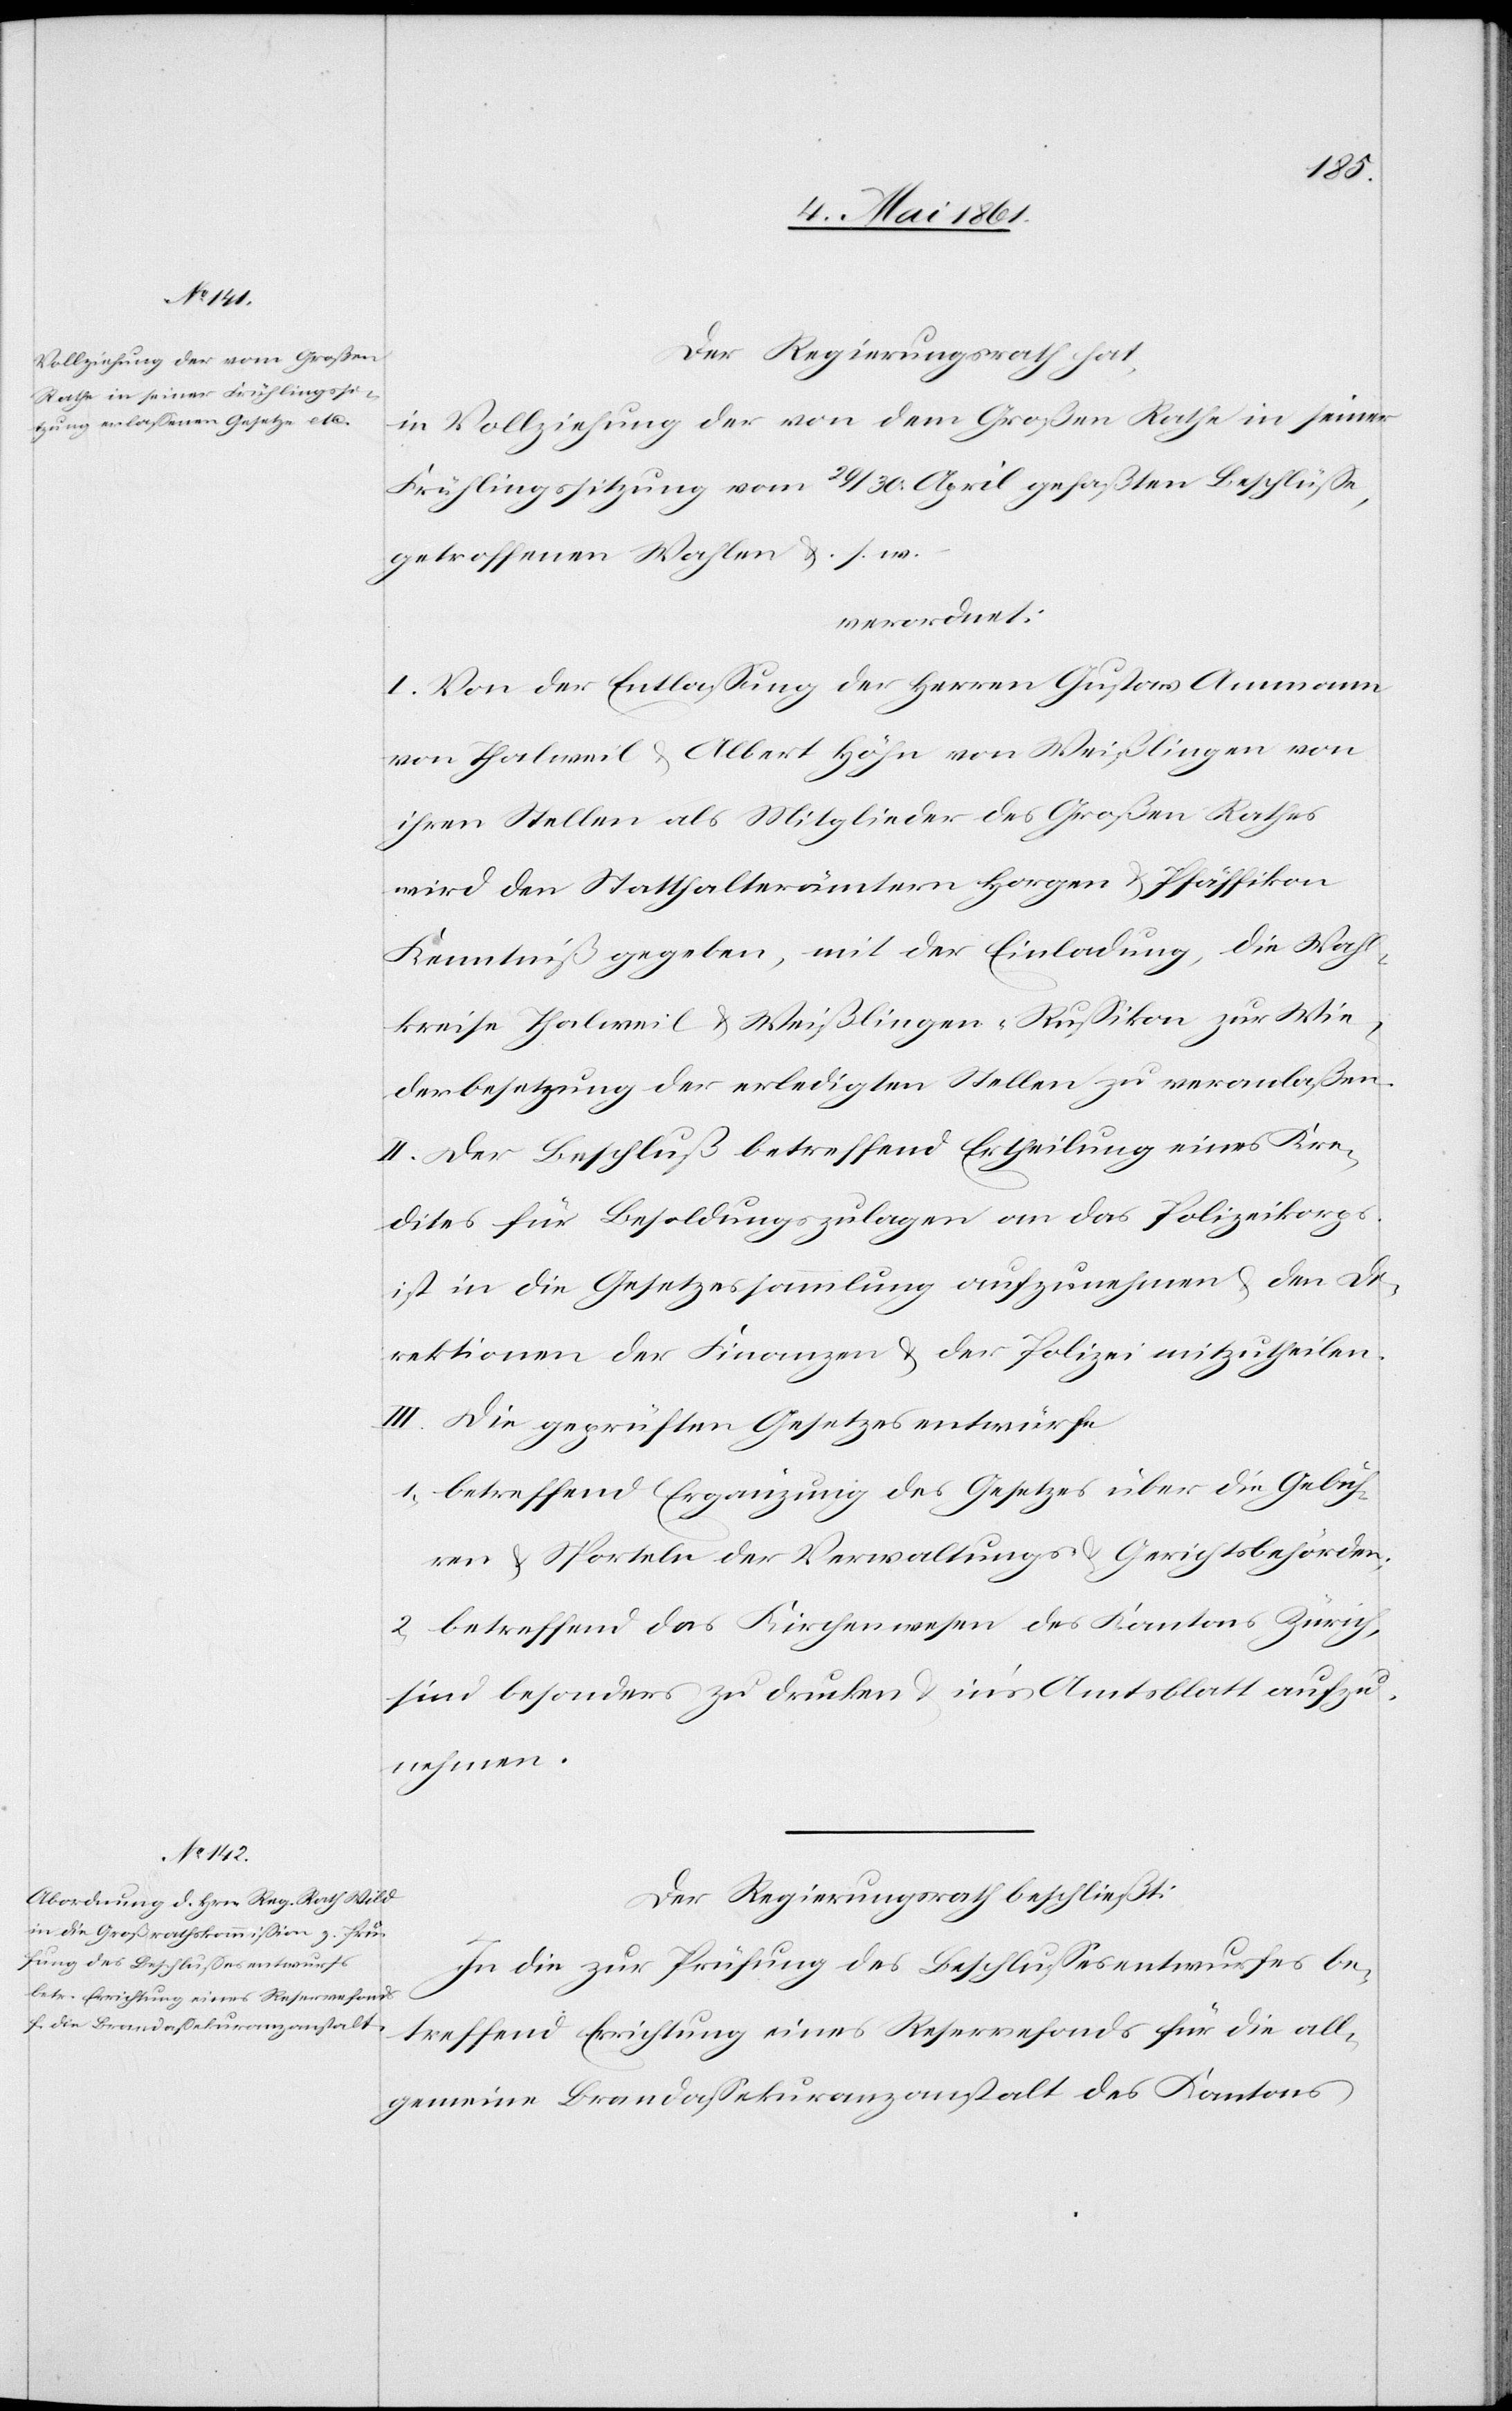
Der Regierungsrath hat,
in Vollziehung der von dem Großen Rathe in seiner
Frühlingssitzung vom 29/30. April gefaßten Beschlüsse,
getroffenen Wahlen u. s. w.
verordnet:
I. Von der Entlassung der Herren Gustav Ammann
von Thalweil u. Albert Höhn von Weißlingen von
ihren Stellen als Mitglieder des Großen Rathes
wird den Statthalterämtern Horgen u. Pfäffikon
Kenntniß gegeben, mit der Einladung, die Wahl¬
kreise Thalweil u. Weißlingen-Russikon zur Wie¬
derbesetzung der erledigten Stellen zu veranlaßen.
II. Der Beschluß betreffend Ertheilung eines Kre¬
dites für Besoldungszulagen an das Polizeikorps
ist in die Gesetzessammlung aufzunehmen u. den Di¬
rektionen der Finanzen u. der Polizei mitzutheilen.
III. Die geprüften Gesetzesentwürfe
1) betreffend Ergänzung des Gesetzes über die Gebüh¬
ren u. Sporteln der Verwaltungs- u. Gerichtsbehörden;
2) betreffend das Kirchenwesen des Kantons Zürich,
sind besonders zu drucken u. in’s Amtsblatt aufzu¬
nehmen.
Der Regierungsrath beschließt:
In die zur Prüfung des Beschlussesentwurfes be¬
treffend Errichtung eines Reservefonds für die all¬
gemeine Brandassekuranzanstalt des Kantons